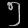
Digit: ၅